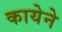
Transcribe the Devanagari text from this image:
कायेने